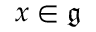
x \in { \mathfrak { g } }